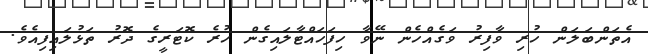
އެތަންބަލަން ހުރި ވާފިރު ވަގެއްހެން ނޭވާ ހިފަހައްޓާލައިގެން ހުރެ ކޮޓަރީގެ ދޮރު ތަޅުލައިފިއެވެ.